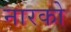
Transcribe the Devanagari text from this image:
नारको